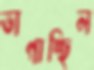
ভাগাচ্ছিল